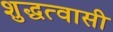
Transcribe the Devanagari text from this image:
शुद्धत्वासी